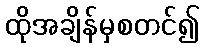
ထိုအချိန်မှစတင်၍